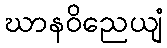
ဃာနဝိညေယျံ